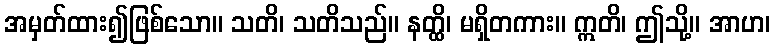
အမှတ်ထား၍ဖြစ်သော။ သတိ၊ သတိသည်။ နတ္ထိ၊ မရှိတကား။ ဣတိ၊ ဤသို့။ အာဟ၊